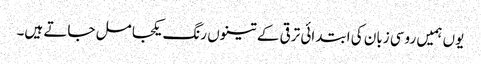
یوں ہمیں روسی زبان کی ابتدائی ترقی کے تینوں رنگ یکجا مل جاتے ہیں۔